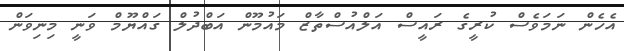
އެހެން ނަމަވެސް ކުރީގެ ރައީސް އަލްއުސްތާޒް މައުމޫން އަބްދުލް ގައްޔޫމް ވަނީ މިނިވަން